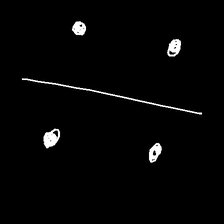
Glyph: cool